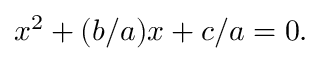
x ^ { 2 } + ( b / a ) x + c / a = 0 .